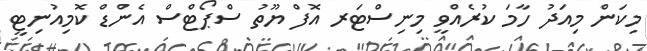
މިކަން މިއަދު ހާމަ ކުރެއްވީ މިނިސްޓަރ އޮފް ޔޫތު ސްޕޯޓްސް އެންޑް ކޮމިއުނިޓީ